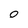
Character: 0